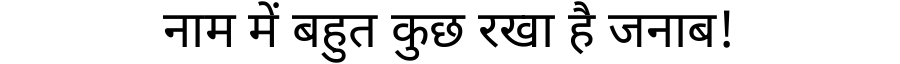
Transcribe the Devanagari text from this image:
नाम में बहुत कुछ रखा है जनाब!